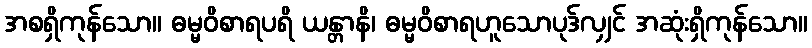
အစရှိကုန်သော။ ဓမ္မဝိစာရပရိ ယန္တာနိ၊ ဓမ္မဝိစာရဟူသောပုဒ်လျှင် အဆုံးရှိကုန်သော။